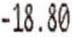
-18.80